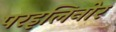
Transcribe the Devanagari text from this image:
परइलिनोर